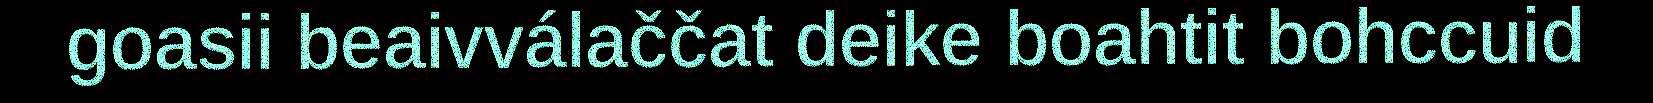
goasii beaivválaččat deike boahtit bohccuid